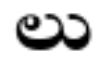
లు